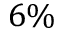
6 \%